Vaccination in Bombay 1913-1923 - 1913-1923
Year: 1913
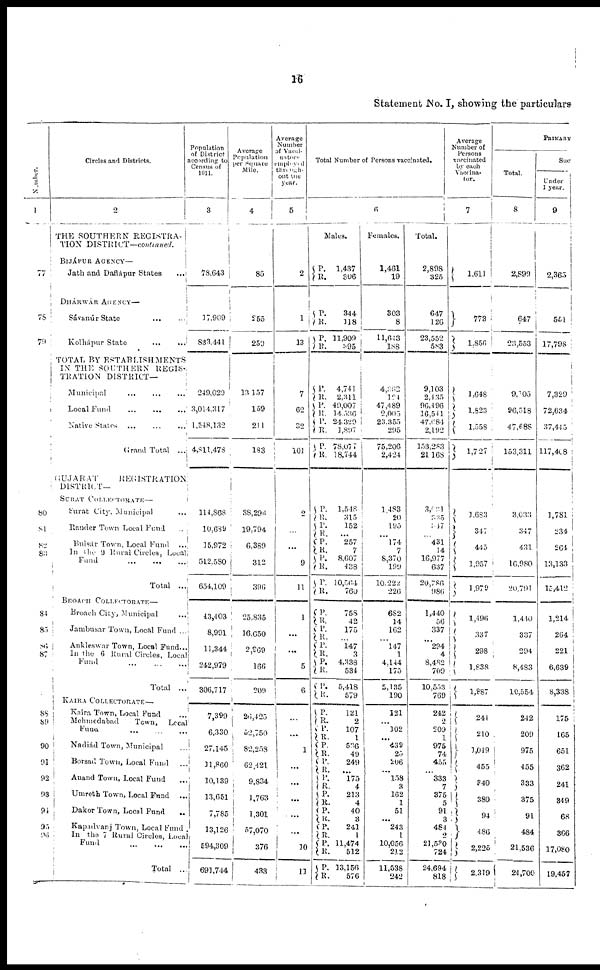
16
Statement No. I, showing the particulars
Number
1
77
78
79
80
81
82
83
84
85
86
87
88
89
90
91
92
93
94
95
96
Circles and Districts.
2
THE SOUTHERN REGISTRA-
TION DISTRICT—continued.
BIJÁPUR AGENCY—
Jath and Daflápur States ...
DHÁRWAR AGENCY —
Sávanúr State ... ...
Kolhápur State ... ...
TOTAL BY ESTABLISHMENTS
IN THE SOUTHERN REGIS-
TRATION DISTRICT—
Municipal ... ... ...
Local Fund ... ... ...
Native States
...
...
...
Grand Total ...
GUJARAT
REGISTRATION
DISTRICT—
SURAT COLLECTORATE—
Surat City, Municipal ...
Rander Town Local Fund ...
Bulsár Town, Local Fund
...
In the 9 Rural Circles, Local
Fund ... ... ...
Total ...
BROACH
COLLECTORATE—
Broach City, Municipal ...
Jambusar Town, Local Fund ...
Ankleswar Town, Local Fund...
In the 6 Rural Circles, Local
Fund ... ... ...
Total ...
KAIRA COLLECTORATE—
Kaira Town, Local Fund
...
Mehmedabad Town, Local
Fund ... ... ...
Nadiád Town, Municipal ...
Borsad Town, Local Fund ...
Anand Town, Local Fund ...
Umreth Town, Local Fund
...
Dakor Town, Local Fund
...
Kapadvanj Town, Local Fund .
In the 7 Rural Circles, Local
Fund ... ... ...
Total ..
Population
of District
according to
Census of
1911.
3
78,643
17,909
833,441
249,029
3,014,317
1,548,132
4,811,478
114,868
10,689
15,972
512,580
654,109
43,403
8,991
11,344
242,979
306,717
7,399
6,330
27,145
11,860
10,139
...
7,785
13,126
594,309
691,744
Average
Population
per Square
Mile.
4
85
255
259
13,157
159
211
183
38,296
19,794
6,389
312
396
25,835
16,650
2,969
166
209
26,425
52,750
82,258
62,421
9,834
1,763
1,301
57,070
376
433
Average
Number
of Vacci-
nators
employed
through-
out one
year.
5
2
1
13
7
62
32
101
2
...
...
9
11
1
...
...
5
6
...
...
1
...
...
...
...
10
11
Total Number of Persons vaccinated.
6
Males.
P.
R.
P.
R.
P.
R.
P.
R.
P. R.
P.
R.
P.
R.
P. R.
P.
R.
P.
R.
P.
R.
P.
R.
P.
R.
P.
R.
P.
R. P.
R.
P.
R.
P.
R. P.
R.
P.
R.
P.
R.
P.
R.
P.
R. P.
R.
P.
R.
P.
R.
P.
R.
1,437
306
344
118
11,909
395
4,741
2,311
49,007
14,536
24,329
1,897
78,077
18,744
1,548
315
152
...
257
7
8,607
438
10,564
760
758
42
175
...
147
3
4,338
534
5,418
579
121
2
107
1
536
49
249
...
175
4
213
4
40
3
241
1
11,474
512
13,156
576
Females.
1,461
19
303
8
11,643
188
4,362
124
47,489
2,005
23,355
295
75,206
2,424
1,483
20
195
...
174
7
8,370
199
10,222
226
682
14
162
...
147
1
4,144
175
5,135
190
121
...
102
...
439
25
206
...
158
3
162
1
51
...
243
1
10,056
212
11,538
242
Total.
2,898
325
647
126
23,552
583
9,103
2,435
96,496
16,541
47,684
2,192
153,283
21,168
3,031
335
347
...
431
14
16,977
637
20,786
986
1,440
56
337
...
294
4
8,482
709
10,553
769
242
2
209
1
975
74
455
...
333
7
375
5
91
3
484
2
21,530
724
24,694
818
Average
Number of
Persons
vaccinated
by each
Vaccina-
tor.
7
1,611
773
1,856
1,648
1,823
1,558
1,727
1,683
347
445
1,957
1,979
1,196
337
298
1,838
1,887
244
210
1,049
455
340
380
94
486
2,225
2,319
PRIMARY
Total.
8
2,899
647
23,553
9,105
96,518
47,688
153,311
3,033
347
431
16,980
20,791
1,440
337
294
8,483
10,554
242
209
975
455
333
375
91
484
21,536
24,700
Suc
Under
1 year.
9
2,365
551
17,798
7,329
72,634
37,445
117,408
1,781
234
264
13,133
15,412
1,214
264
221
6,639
8,338
175
165
651
362
241
349
68
366
17,080
19,457